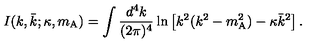
I ( k , \bar { k } ; \kappa , m _ { \mathrm { A } } ) = \int \frac { d ^ { 4 } k } { ( 2 \pi ) ^ { 4 } } \ln \left[ k ^ { 2 } ( k ^ { 2 } - m _ { \mathrm { A } } ^ { 2 } ) - \kappa \bar { k } ^ { 2 } \right] .